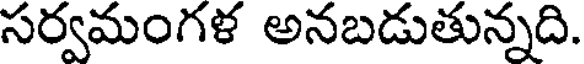
సర్వమంగళ అనబడుతున్నది.